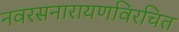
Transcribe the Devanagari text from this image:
नवरसनारायणविरचित